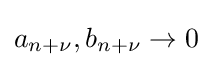
a_{n+\nu },b_{n+\nu }\to 0